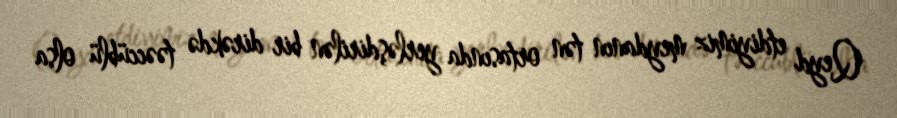
Qeyd etdiyimiz meydanın tən ortasında yerləşdirilən bir dirəkdə təəccüblü olsa